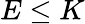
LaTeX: E\leq K